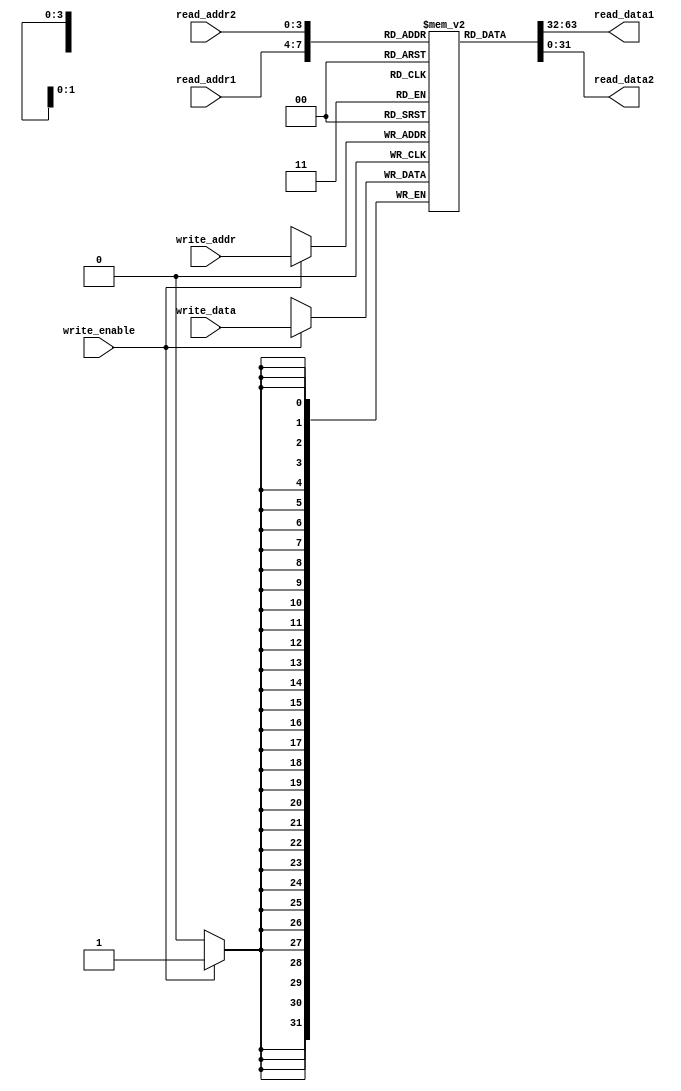
module RegisterFile(
    input wire [3:0] read_addr1,
    input wire [3:0] read_addr2,
    input wire [3:0] write_addr,
    input wire [31:0] write_data,
    input wire write_enable,
    
    output reg [31:0] read_data1,
    output reg [31:0] read_data2
);

reg [31:0] registers [15:0];

always @(*) begin
    read_data1 = registers[read_addr1];
    read_data2 = registers[read_addr2];
end

always @(posedge clk) begin
    if(write_enable) begin
        registers[write_addr] <= write_data;
    end
end

endmodule